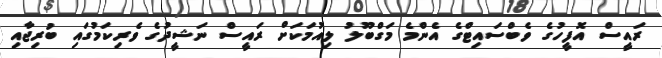
ރައީސް އޮފީހުގެ ވެބްސައިޓްގެ އެންމެ މަގްބޫލު ލިއުމަކަށް ރައީސް ނަޝީދުގެ ވެރިކަމުގައި ބުރިޖާއި